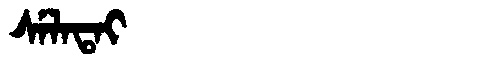
Manchu: ᠰᡝᠯᠠᡨᠠᡳ
Romanization: SELATAI